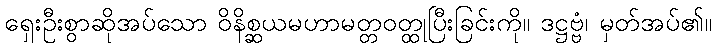
ရှေးဦးစွာဆိုအပ်သော ဝိနိစ္ဆယမဟာမတ္တဝတ္ထုပြီးခြင်းကို။ ဒဋ္ဌဗ္ဗံ၊ မှတ်အပ်၏။